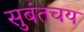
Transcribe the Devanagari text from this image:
सुबंतचय